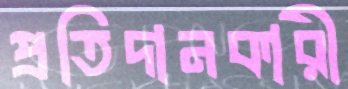
প্রতিদানকারী